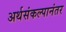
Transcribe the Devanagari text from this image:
अर्थसंकल्पानंतर